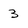
Character: 3